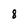
Character: 8